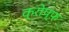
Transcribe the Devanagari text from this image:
क्रोप्फ़